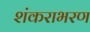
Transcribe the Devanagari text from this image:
शंकराभरण